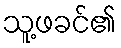
သူ့ဖခင်၏